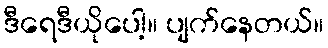
ဒီရေဒီယိုပေါ့။ ပျက်နေတယ်။